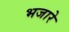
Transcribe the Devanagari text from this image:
भजारे